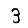
Digit: 3